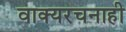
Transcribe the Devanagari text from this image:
वाक्यरचनाही